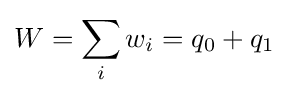
W=\sum _{i}{w_{i}}=q_{0}+q_{1}